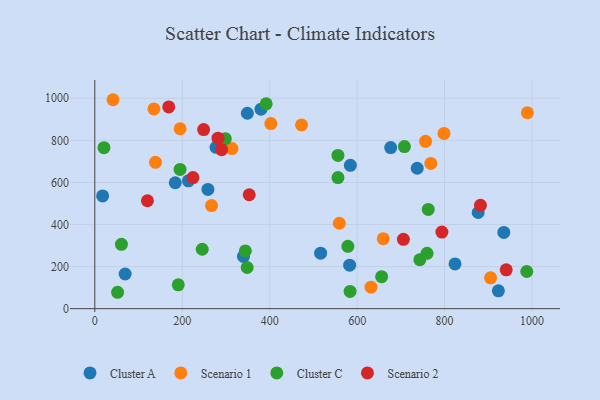
{"axis": {"x": "Distance", "y": "Sales"}, "legend": ["Cluster A", "Cluster C", "Scenario 1", "Scenario 2"], "data": [{"x": "876.8", "y": 456.9, "type": "Cluster A"}, {"x": "823.8", "y": 212.6, "type": "Cluster A"}, {"x": "380.1", "y": 947.7, "type": "Cluster A"}, {"x": "69.4", "y": 164.7, "type": "Cluster A"}, {"x": "258.7", "y": 566.5, "type": "Cluster A"}, {"x": "676.7", "y": 765.5, "type": "Cluster A"}, {"x": "516.4", "y": 263.9, "type": "Cluster A"}, {"x": "348.9", "y": 928.6, "type": "Cluster A"}, {"x": "584.5", "y": 681.0, "type": "Cluster A"}, {"x": "277.3", "y": 766.8, "type": "Cluster A"}, {"x": "737.4", "y": 667.2, "type": "Cluster A"}, {"x": "184.0", "y": 598.3, "type": "Cluster A"}, {"x": "923.0", "y": 84.8, "type": "Cluster A"}, {"x": "582.8", "y": 206.8, "type": "Cluster A"}, {"x": "214.1", "y": 607.4, "type": "Cluster A"}, {"x": "340.0", "y": 248.1, "type": "Cluster A"}, {"x": "17.9", "y": 535.8, "type": "Cluster A"}, {"x": "935.4", "y": 362.3, "type": "Cluster A"}, {"x": "798.6", "y": 832.7, "type": "Scenario 1"}, {"x": "768.4", "y": 690.1, "type": "Scenario 1"}, {"x": "905.1", "y": 146.4, "type": "Scenario 1"}, {"x": "756.4", "y": 795.3, "type": "Scenario 1"}, {"x": "195.1", "y": 854.8, "type": "Scenario 1"}, {"x": "559.2", "y": 405.9, "type": "Scenario 1"}, {"x": "313.7", "y": 760.6, "type": "Scenario 1"}, {"x": "989.3", "y": 931.0, "type": "Scenario 1"}, {"x": "138.8", "y": 695.3, "type": "Scenario 1"}, {"x": "135.2", "y": 949.2, "type": "Scenario 1"}, {"x": "631.6", "y": 102.0, "type": "Scenario 1"}, {"x": "267.0", "y": 489.7, "type": "Scenario 1"}, {"x": "402.6", "y": 879.6, "type": "Scenario 1"}, {"x": "41.7", "y": 992.8, "type": "Scenario 1"}, {"x": "472.8", "y": 872.9, "type": "Scenario 1"}, {"x": "659.7", "y": 332.5, "type": "Scenario 1"}, {"x": "391.9", "y": 973.4, "type": "Cluster C"}, {"x": "708.1", "y": 770.1, "type": "Cluster C"}, {"x": "987.9", "y": 176.5, "type": "Cluster C"}, {"x": "298.5", "y": 807.9, "type": "Cluster C"}, {"x": "195.0", "y": 661.8, "type": "Cluster C"}, {"x": "190.9", "y": 113.1, "type": "Cluster C"}, {"x": "556.1", "y": 622.7, "type": "Cluster C"}, {"x": "348.5", "y": 195.7, "type": "Cluster C"}, {"x": "656.0", "y": 152.2, "type": "Cluster C"}, {"x": "762.6", "y": 471.6, "type": "Cluster C"}, {"x": "578.8", "y": 296.4, "type": "Cluster C"}, {"x": "21.0", "y": 765.2, "type": "Cluster C"}, {"x": "245.7", "y": 282.3, "type": "Cluster C"}, {"x": "759.8", "y": 262.9, "type": "Cluster C"}, {"x": "344.3", "y": 274.6, "type": "Cluster C"}, {"x": "556.1", "y": 728.3, "type": "Cluster C"}, {"x": "583.8", "y": 82.0, "type": "Cluster C"}, {"x": "52.1", "y": 77.9, "type": "Cluster C"}, {"x": "60.9", "y": 305.8, "type": "Cluster C"}, {"x": "743.3", "y": 232.4, "type": "Cluster C"}, {"x": "224.5", "y": 623.1, "type": "Scenario 2"}, {"x": "248.9", "y": 850.8, "type": "Scenario 2"}, {"x": "120.4", "y": 512.7, "type": "Scenario 2"}, {"x": "793.8", "y": 364.1, "type": "Scenario 2"}, {"x": "705.8", "y": 329.4, "type": "Scenario 2"}, {"x": "290.1", "y": 755.7, "type": "Scenario 2"}, {"x": "882.0", "y": 491.1, "type": "Scenario 2"}, {"x": "353.2", "y": 541.2, "type": "Scenario 2"}, {"x": "940.9", "y": 184.8, "type": "Scenario 2"}, {"x": "169.1", "y": 958.4, "type": "Scenario 2"}, {"x": "281.8", "y": 810.2, "type": "Scenario 2"}]}